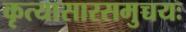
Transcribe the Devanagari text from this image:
कृत्यासारसमुच्चयः